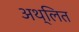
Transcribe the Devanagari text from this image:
अथ्लित